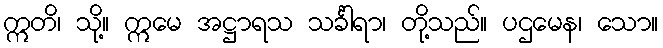
ဣတိ၊ သို့။ ဣမေ အဋ္ဌာရသ သင်္ခါရာ၊ တို့သည်။ ပဌမေန၊ သော။